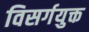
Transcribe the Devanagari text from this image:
विसर्गयुक्त